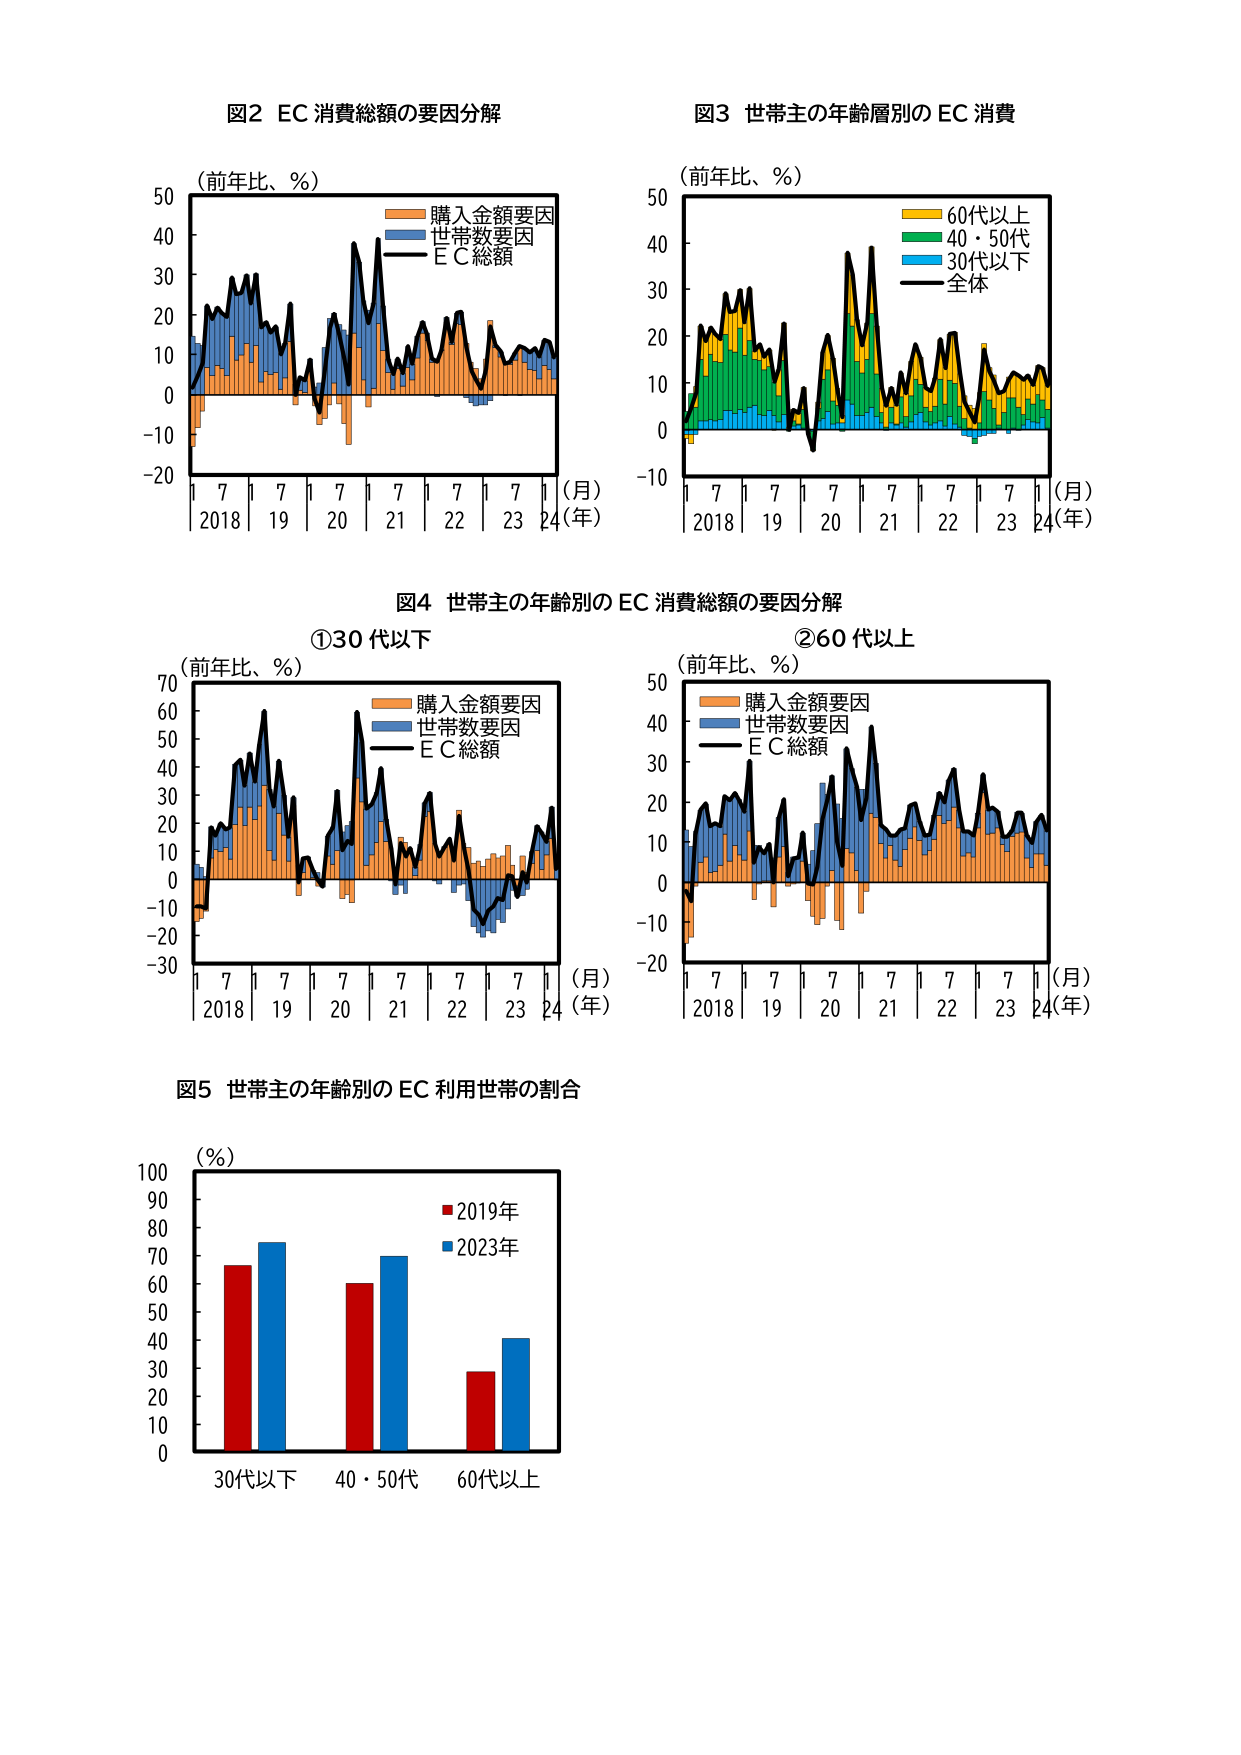
図2 EC 消費総額の要因分解
（前年比、％）
購入金額要因
世帯数要因
ＥＣ総額
（月）
2018 7 19 7 20 7 21 7 22 7 23 7 24（年）

図3 世帯主の年齢層別の EC 消費
（前年比、％）
60代以上
40・50代
30代以下
全体
（月）
2018 7 19 7 20 7 21 7 22 7 23 7 24（年）

図4 世帯主の年齢別の EC 消費総額の要因分解
①30代以下
（前年比、％）
購入金額要因
世帯数要因
ＥＣ総額
（月）
2018 7 19 7 20 7 21 7 22 7 23 7 24（年）

②60代以上
（前年比、％）
購入金額要因
世帯数要因
ＥＣ総額
（月）
2018 7 19 7 20 7 21 7 22 7 23 7 24（年）

図5 世帯主の年齢別の EC 利用世帯の割合
（％）
■2019年
■2023年
30代以下 40・50代 60代以上
0 10 20 30 40 50 60 70 80 90 100